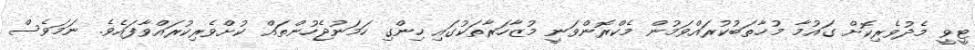
ޓީވީ މެދުވެރިކޮށް ގައުމާ މުޚާތަބުކުރައްވަމުން މެކްރޮންވަނީ މުޒާހަރާތަކުގައި ހިންގި ހަމަނުޖެހުންތައް ކުށްވެރިކުރައްވާފައެވެ. ނަމަވެސް